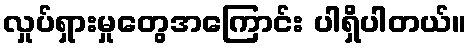
လှုပ်ရှားမှုတွေအကြောင်း ပါရှိပါတယ်။